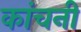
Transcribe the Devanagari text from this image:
कांचनी